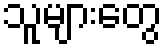
သူများတွေ